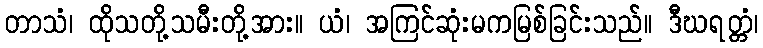
တာသံ၊ ထိုသတို့သမီးတို့အား။ ယံ၊ အကြင်ဆုံးမကမြစ်ခြင်းသည်။ ဒီဃရတ္တံ၊